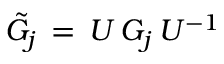
{ \tilde { { \cal G } _ { j } } } \, = \, U \, { \cal G } _ { j } \, U ^ { - 1 }